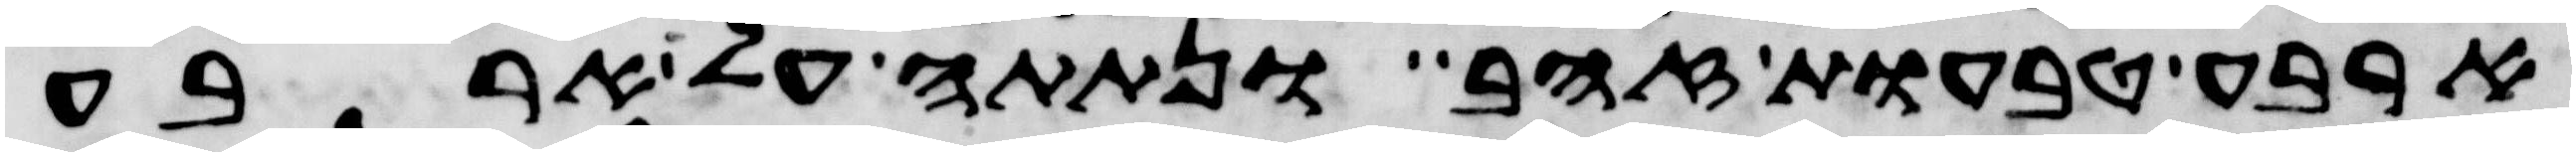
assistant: ארבע טבעות זהב ונתתה על ארבע